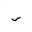
Letter: _sin